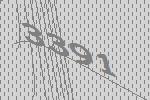
3391